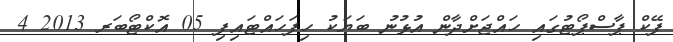
ފޭކް ޕާސްޕޯޓުގައި ހައްޖަށްދާން އުޅުނު ބަޔަކު ހިފަހައްޓައިފި 05 އޮކްޓޯބަރ 2013 4